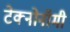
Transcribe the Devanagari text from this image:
टेक्नोनॉमी